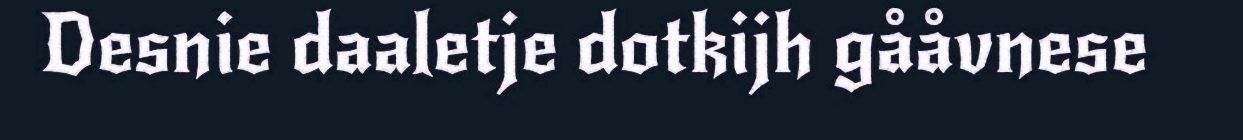
Desnie daaletje dotkijh gååvnese